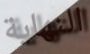
النهاية